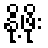
နို့ဖိုး